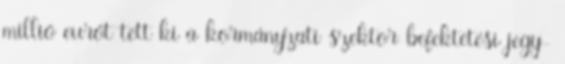
millió eurót tett ki a kormányzati szektor befektetési jegy-